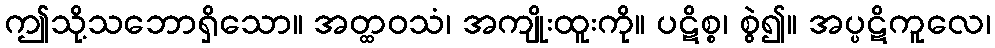
ဤသို့သဘောရှိသော။ အတ္ထဝသံ၊ အကျိုးထူးကို။ ပဋိစ္စ၊ စွဲ၍။ အပ္ပဋိကူလေ၊